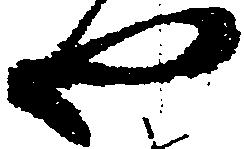
や